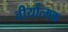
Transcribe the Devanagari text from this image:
वीर्यात्मक